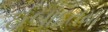
ઈબાદતમા